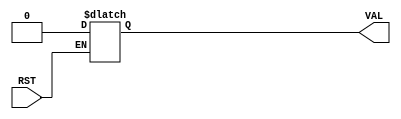
`define  n 32
`define max_size 30
`define SIMULATION_MEMORY
//`define SC_FIFO_ASYNC_RESET				// Uncomment for Syncr. reset
//`define SC_FIFO_ASYNC_RESET	or negedge rst		// Uncomment for Async. reset
 `define dwa  60
`define awa  6
//`define SC_FIFO_ASYNC_RESET				// Uncomment for Syncr. reset
//`define SC_FIFO_ASYNC_RESET	or negedge rst		// Uncomment for Async. reset
 `define dwb  32
`define awb  2
//`define SC_FIFO_ASYNC_RESET				// Uncomment for Syncr. reset
//`define SC_FIFO_ASYNC_RESET	or negedge rst		// Uncomment for Async. reset
 `define dwc  61
`define awc 3

module ResetToBool (RST, VAL);

input RST;
output VAL;
reg VAL;

always @ (RST or VAL)
begin

if (RST == 1)
VAL=1'b0;

end
endmodule